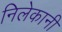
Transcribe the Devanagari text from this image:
निलेकानी